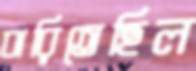
ঝরিতেছিল